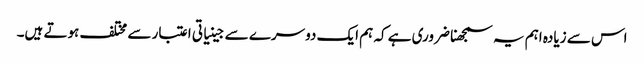
اس سے زیادہ اہم یہ سمجھنا ضروری ہے کہ ہم ایک دوسرے سے جینیاتی اعتبار سے مختلف ہوتے ہیں۔